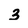
Character: 3